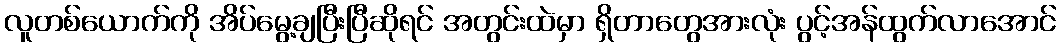
လူတစ်ယောက်ကို အိပ်မွေ့ချပြီးပြီဆိုရင် အတွင်းထဲမှာ ရှိတာတွေအားလုံး ပွင့်အန်ထွက်လာအောင်